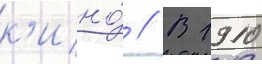
к'ино́ // В 1910